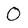
Character: O